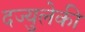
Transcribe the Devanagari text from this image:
दज्युलेकी